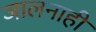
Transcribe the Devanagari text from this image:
जालनाही